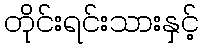
တိုင်းရင်းသားနှင့်